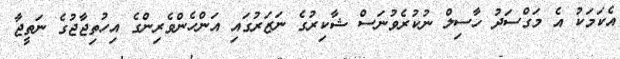
އެކަމަކު އެ މަގްސަދު ހާސިލް ނުކުރެވުނަސް ޝާކިރުގެ ނަޒަރުގައި އަންހެންވެރިންގެ އިހުތިޖާޖުގެ ނަތީޖާ